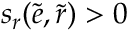
s _ { r } ( \tilde { e } , \tilde { r } ) > 0